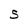
Character: S